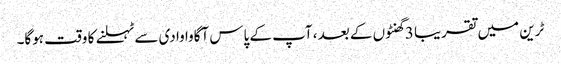
ٹرین میں تقریبا 3 گھنٹوں کے بعد ، آپ کے پاس آگاوا وادی سے ٹہلنے کا وقت ہوگا۔